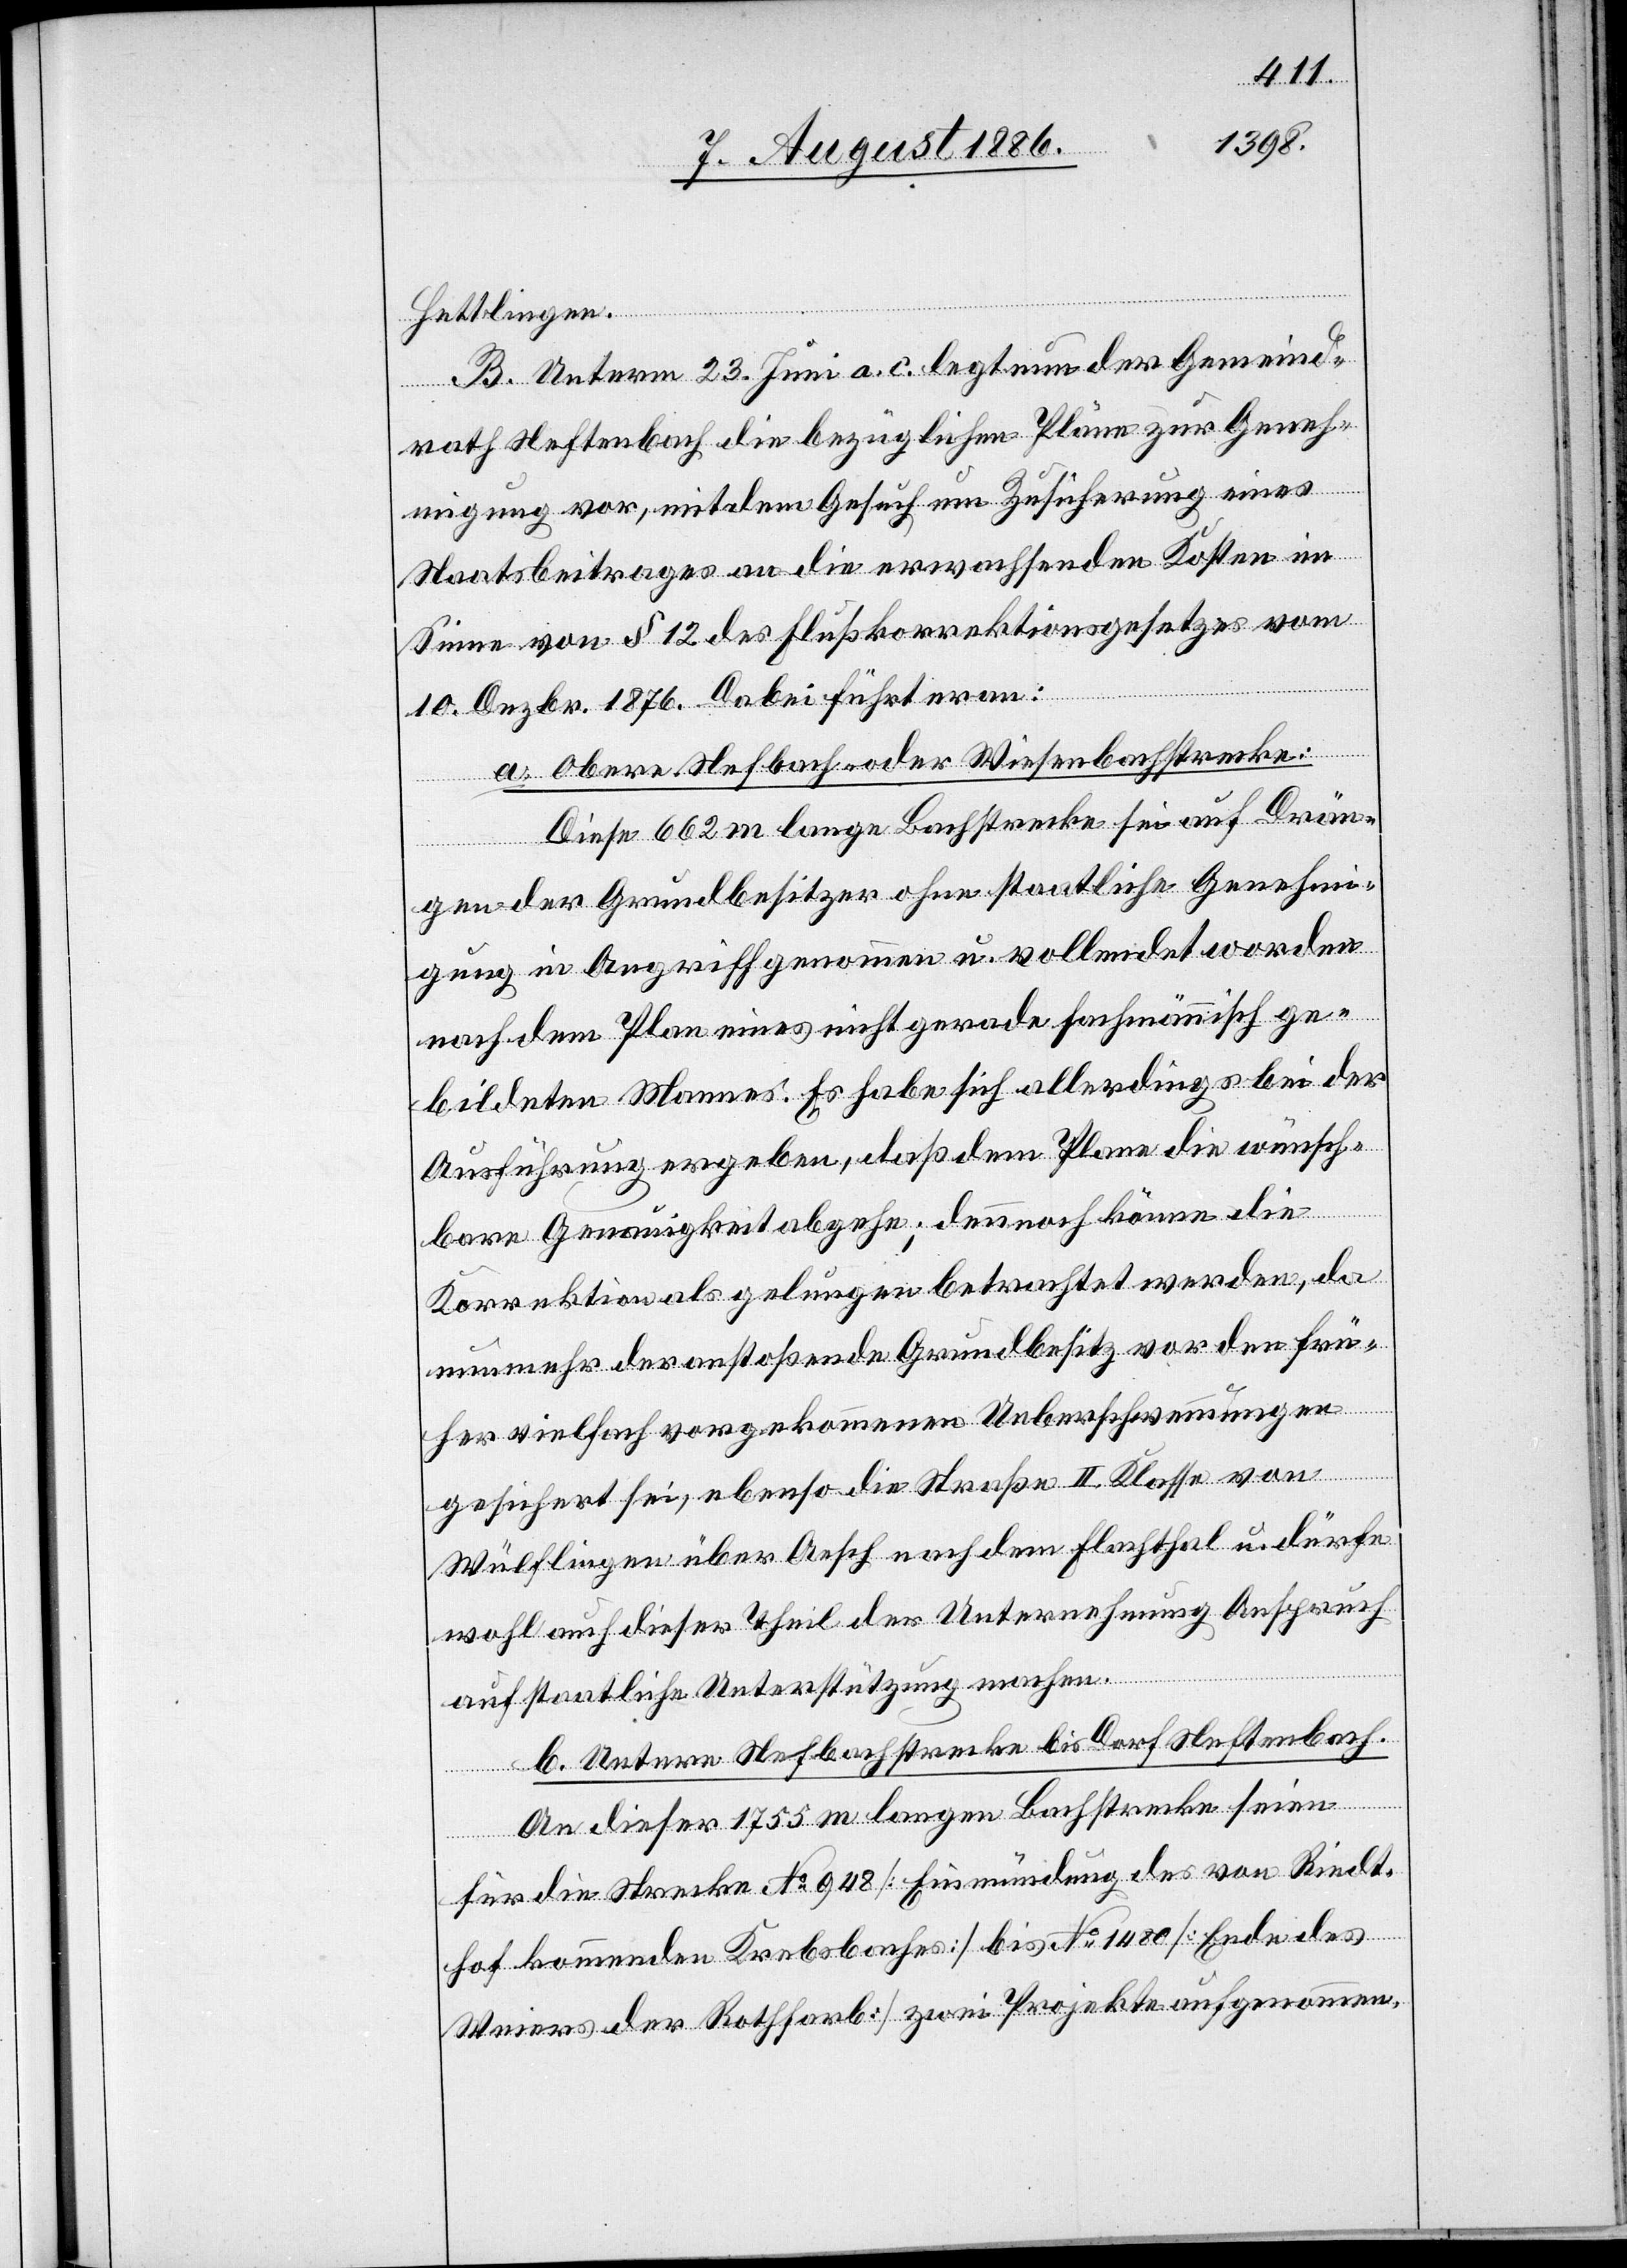
Hettlingen.
B. Unterm 23. Juni a. c. legt nun der Gemeind¬
rath Neftenbach die bezüglichen Pläne zur Geneh¬
migung vor, mit dem Gesuch um Zusicherung eines
Staatsbeitrages an die erwachsenden Kosten im
Sinne von § 12 des Flußkorrektionsgesetzes vom
10. Dezbr. 1876. Dabei führt er an:
a. Obere Nefbach[-] oder Wiesenbachstrecke:
Diese 662 m lange Bachstrecke sei auf Drän¬
gen der Grundbesitzer ohne staatliche Genehmi¬
gung in Angriff genommen u. vollendet worden
nach dem Plan eines nicht gerade fachmännisch ge¬
bildeten Mannes. Es habe sich allerdings bei der
Ausführung ergeben, daß dem Plane die wünsch¬
bare Genauigkeit abgehe; dennoch könne die
Korrektion als gelungen betrachtet werden, da
nunmehr der anstoßende Grundbesitz vor den frü¬
her vielfach vorgekommenen Ueberschwemmungen
gesichert sei, ebenso die Straße II. Klasse von
Wülflingen über Aesch nach dem Flaachthal u. dürfe
wohl auch dieser Theil der Unternehmung Anspruch
auf staatliche Unterstützung machen.
b. Untere Nefbachstrecke bis Dorf Neftenbach.
An dieser 1755 m langen Bachstrecke seien
für die Strecke No 948 [Einmündung des von Riedt¬
hof kommenden Krebsbaches] bis No 1480 [Ende des
Weiers der Rothfarb] zwei Projekte aufgenommen.